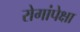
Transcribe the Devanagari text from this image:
रोगांपेक्षा